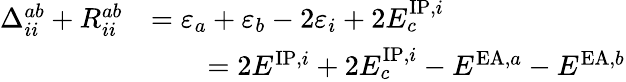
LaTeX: \begin{array}{rl}{\Delta_{ii}^{ab}+R_{ii}^{ab}}&{=\varepsilon_{a}+\varepsilon_{b}-2\varepsilon_{i}+2E_{c}^{\mathrm{IP},i}}\\ &{\qquad=2E^{\mathrm{IP},i}+2E_{c}^{\mathrm{IP},i}-E^{\mathrm{EA},a}-E^{\mathrm{EA},b}}\end{array}